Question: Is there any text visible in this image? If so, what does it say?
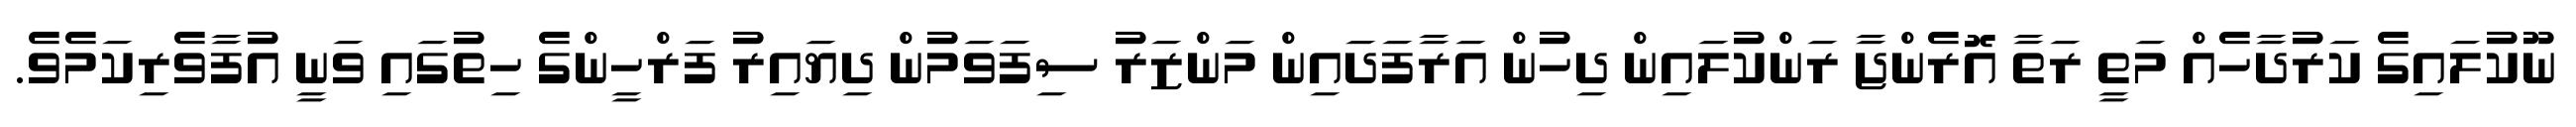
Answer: ނޫކުލައިގެ ކަރުދާހެއް މަތީ ރަތާ އޮރެންޖާ ރަންކުލައިން ދިހުން އަރާފަދައިން މަންޒަރު ސިފަވަމުން ދިޔައިރު ފަރްހީންގެ ހިތުގައި ވަނީ އުފާވެރިކަމެވެ.